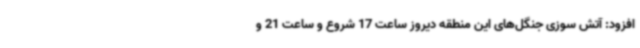
افزود: آتش سوزی جنگل‌های این منطقه دیروز ساعت 17 شروع و ساعت 21 و